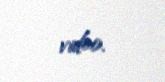
video.